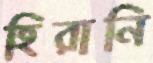
হিরানি